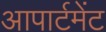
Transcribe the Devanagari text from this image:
आपार्टमेंट